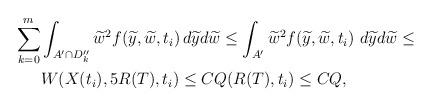
LaTeX: \begin{align*}\sum_{k=0}^m&\int_{A'\cap D_{k}''} \widetilde{w}^2 f(\widetilde{y}, \widetilde{w}, t_i)\, d\widetilde{y}d\widetilde{w}\leq \int_{A'} \widetilde{w}^2 f(\widetilde{y}, \widetilde{w}, t_i)\ d\widetilde{y}d\widetilde{w}\leq\\& W(X(t_i),5R(T),t_i)\leq CQ(R(T),t_i)\leq CQ,\end{align*}